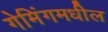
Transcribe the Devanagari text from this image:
गेमिंगमधील